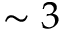
\sim 3